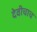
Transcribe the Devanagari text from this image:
देवीचाच